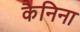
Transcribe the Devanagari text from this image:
कैनिना